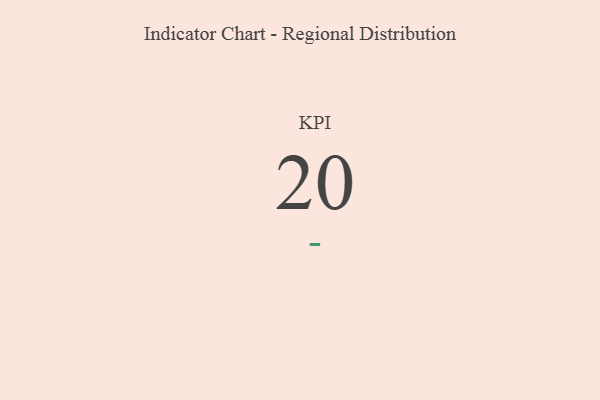
{"axis": {"x": "KPI", "y": "Value"}, "legend": [""], "data": [{"x": "KPI", "y": 20, "type": ""}]}